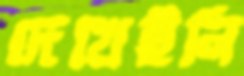
দেখেইনি